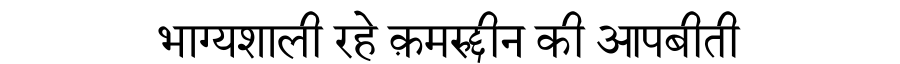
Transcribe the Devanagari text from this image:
भाग्यशाली रहे क़मरुद्दीन की आपबीती